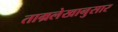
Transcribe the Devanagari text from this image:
ताम्रलेखानुसार